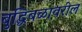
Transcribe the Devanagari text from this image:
बुद्धिबळावरील